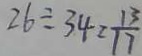
2 6 \div 3 4 = \frac { 1 3 } { 1 7 }